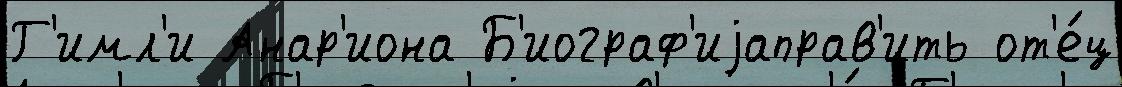
Г'имл'и Анар'иона Б'иограф'иjаправ'ить от'е́ц